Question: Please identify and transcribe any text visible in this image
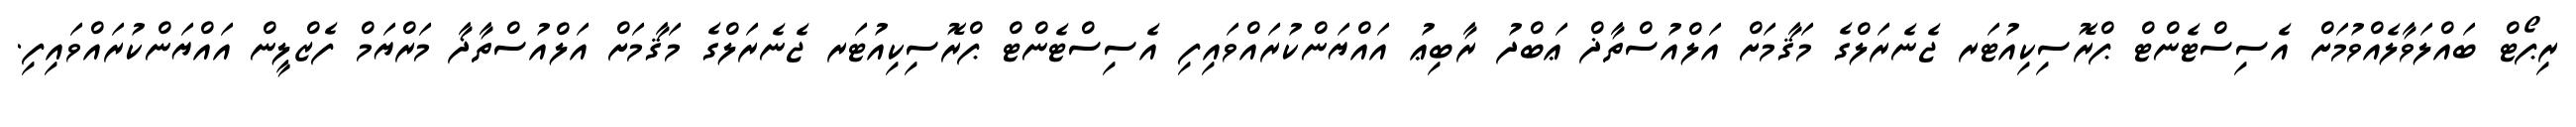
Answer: ރިޕޯޓް ބައްލަވާލެއްވުމަށް އެސިސްޓެންޓް ޕްރޮސިކިއުޓަރ ޖެނެރަލްގެ މަޤާމަށް އަލްއުސްތާޛް ޢަބްދު ރާބިޢު އައްޔަންކުރައްވައިފި އެސިސްޓެންޓް ޕްރޮސިކިއުޓަރ ޖެނެރަލްގެ މަޤާމަށް އަލްއުސްތާޛާ މަރްޔަމް ފެޒްލީން އައްޔަންކުރައްވައިފި.